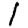
Digit: 1